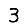
Digit: 3